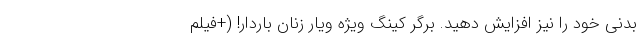
بدنی خود را نیز افزایش دهید. برگر کینگ ویژه ویار زنان باردار! (+فیلم